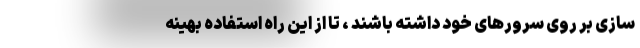
سازی بر روی سرورهای خود داشته باشند ، تا از این راه استفاده بهینه